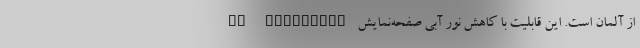
TV Rheinland از آلمان است. این قابلیت با کاهش نور آبی صفحه‌نمایش